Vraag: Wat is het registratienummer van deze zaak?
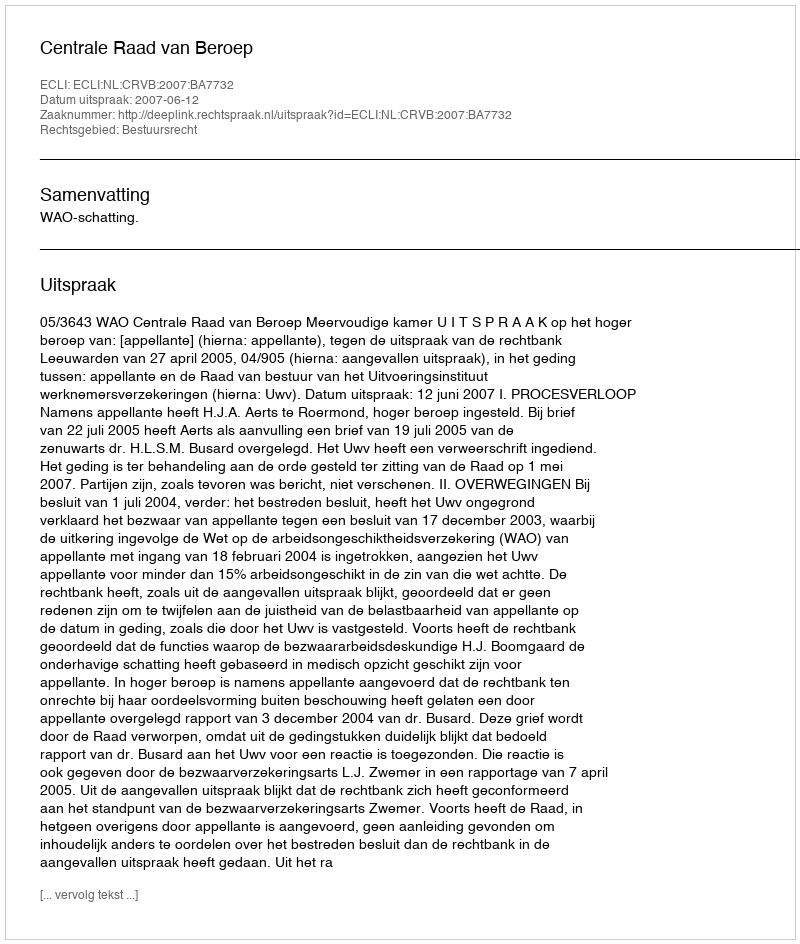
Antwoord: http://deeplink.rechtspraak.nl/uitspraak?id=ECLI:NL:CRVB:2007:BA7732